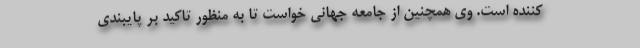
کننده است. وی همچنین از جامعه جهانی خواست تا به منظور تاکید بر پایبندی